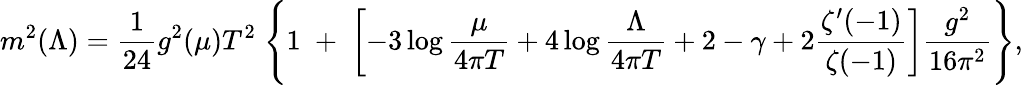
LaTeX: m^{2}(\Lambda)={\frac{1}{24}}g^{2}(\mu)T^{2}\; \Bigg\{ 1\; +\; \left[-3\log{\frac{\mu}{4\pi T}}+4\log{\frac{\Lambda}{4\pi T}}+2-\gamma+2{\frac{\zeta^{\prime}(-1)}{\zeta(-1)}}\right]{\frac{g^{2}}{16\pi^{2}}}\Bigg\} ,